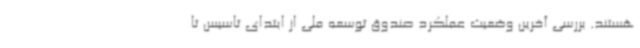
هستند. بررسی آخرین وضعیت عملکرد صندوق توسعه ملی از ابتدای تاسیس تا